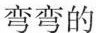
弯弯的